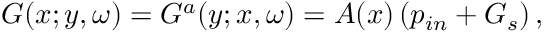
G ( \boldsymbol { x } ; \boldsymbol { y } , \omega ) = G ^ { a } ( \boldsymbol { y } ; \boldsymbol { x } , \omega ) = A ( \boldsymbol { x } ) \left( p _ { i n } + G _ { s } \right) ,